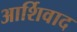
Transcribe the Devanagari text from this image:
आर्शिवाद